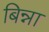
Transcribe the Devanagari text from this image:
बिन्ना